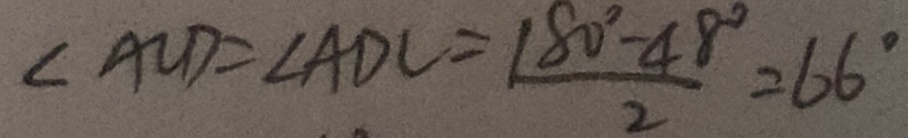
\angle A C D = \angle A D C = \frac { 1 8 0 ^ { \circ } - 4 8 ^ { \circ } } { 2 } = 6 6 ^ { \circ }